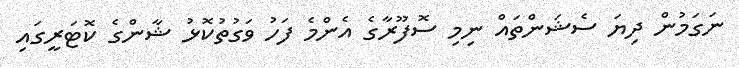
ނަގަމުން ދިޔަ ސެޝަންތައް ނިމި ސޮފޫރާގެ އެންމެ ފަހު ވަގުތުކޮޅު ޝާންގެ ކޮޓަރީގައި